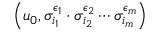
\left( u _ { 0 } , \sigma _ { i _ { 1 } } ^ { \epsilon _ { 1 } } \cdot \sigma _ { i _ { 2 } } ^ { \epsilon _ { 2 } } \cdots \sigma _ { i _ { m } } ^ { \epsilon _ { m } } \right)